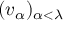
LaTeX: ( v _ { \alpha } ) _ { \alpha < \lambda }